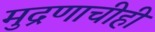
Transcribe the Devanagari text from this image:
मुद्रणाचीही